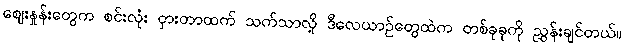
ဈေးနှုန်းတွေက စင်းလုံး ငှားတာထက် သက်သာလို့ ဒီလေယာဉ်တွေထဲက တစ်ခုခုကို ညွှန်းချင်တယ်။